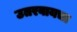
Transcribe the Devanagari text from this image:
उतरवायचा